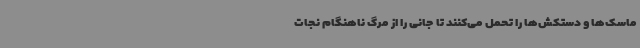
ماسک‌ها و دستکش‌ها را تحمل می‌کنند تا جانی را از مرگ ناهنگام نجات